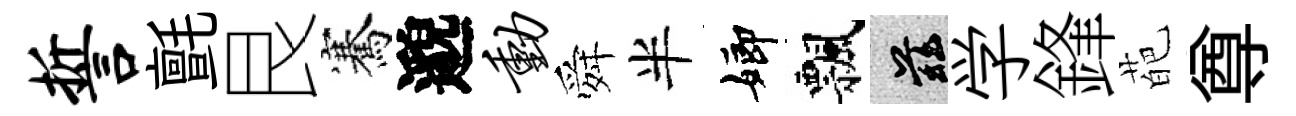
誓氈艮騫邈动舜半嫏飄兹学鋒葩尊